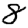
Digit: 8